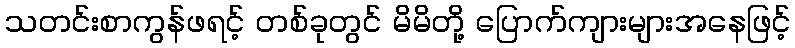
သတင်းစာကွန်ဖရင့် တစ်ခုတွင် မိမိတို့ ပြောက်ကျားများအနေဖြင့်